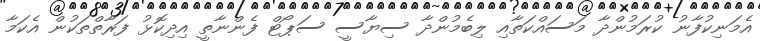
އެމަނިކުފާނު ކުރަމުންދާ މަސައްކަތާއި ލިބެމުންދާ ސިޔާސީ ސަޕޯޓް ފެންނާތީ އިދިކޮޅު ފަރާތްތަކުން އެކަމާ